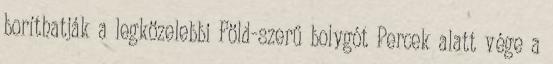
boríthatják a legközelebbi Föld-szerű bolygót Percek alatt vége a